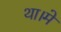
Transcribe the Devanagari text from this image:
था।मे